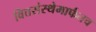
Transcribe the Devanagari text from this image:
वित्तसंस्थेमार्फतच